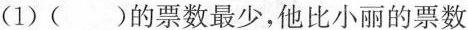
(1)( )的票数最少，他比小丽的票数